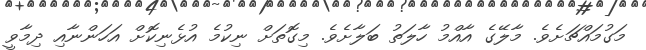
މަގުމައްޗަށެވެ. މާލޭގެ އާއްމު ހާލަތު ބަލާށެވެ. މިގޮތަށް ނިކުމެ އުޅެނިކޮށް އަހަންނާއި ދިމާވީ